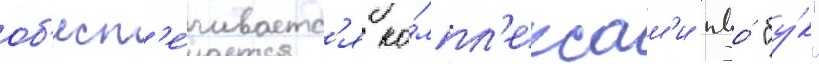
об'есп'е́чиваетс'я ко́мпл'ексам'и пво́ "бу́к"